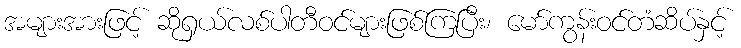
အများအားဖြင့် ဆိုရှယ်လစ်ပါတီဝင်များဖြစ်ကြပြီး၊ မော်ကွန်းဝင်တံဆိပ်နှင့်